Medical and sanitary report of the native army of Madras for the year
Year: 1876
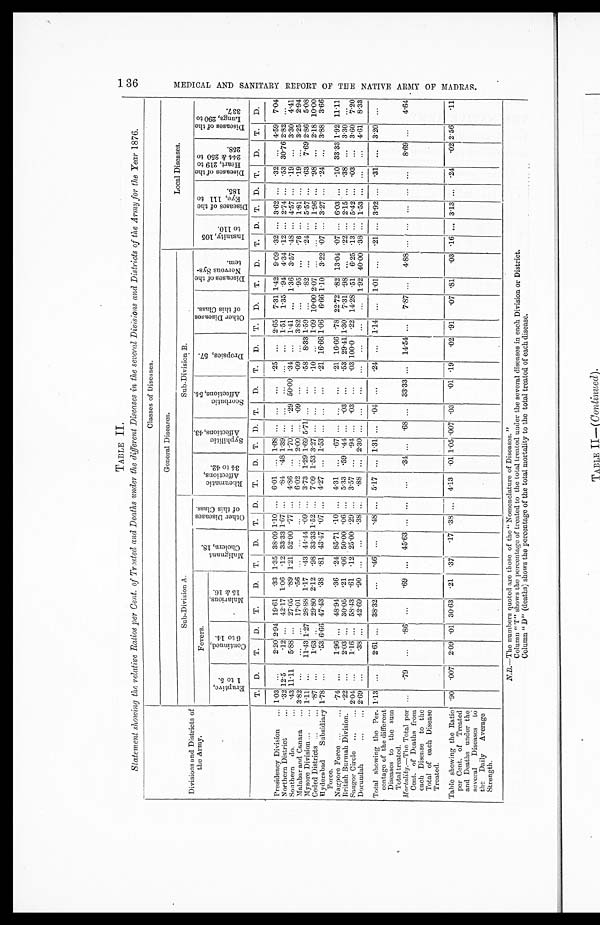
TABLE II.
Statement showing the relative Ratios per Cent. of Treated and Deaths under the different Diseases in the several Divisions and Districts of the Army for the Year 1876.
Divisions and Districts of the Army.
Classes of Diseases.
General Diseases.
Local Diseases.
Sub-Division A.
Sub-Division B.
Fevers.
Maligrant
Cholera, 18.
Other Diseases
of the Class.
Rheumatic Affections, 34 to 42. Syphilitic
Affections, 43.
Scorbutic
Affections, 54.
Dropsies, 57.
Other Diseases
of this class.
Diseases of the
Nervous Sys-
tem.
Insanity, 105
to 110.
Di seases of t he
Eye, 111 to
185.
Diseases of the
Heart, 219 to
244 & 250 to
258.
D i s e a s e s o f t h e
L u n g s , 2 0 9 t o 3 3 7 .
Eruptive,
1 to 5.
Continued,
6 to 14.
Malarious, 15 & 16
T. D.
T.
D. T.
D.
T. D.
T. D. T.
D. T. D. T.
D.
T. D.
T. D.
T. D.
T. D. T. D. T. D.
T. D.
Presidency Division1.03...
2.20 2.9419.61.33 1.3538.091.10... 6.01 ... 1.68... ... ...
.25 ...
2.657.31 1.429.09 .32
... 3.62... .32 ...
4.597.04
Northern District
.32 12.5 .12 ... 42.171.06 .12 33.331.67... .84 .48 1.39... ... ...
... ...
1.511.35 .94 4.34 .12 ... 2.74... .53 30.76 2.82...
Southern do.
.43 11.115.88 ... 27.05.89 1.2152.00.77 ... 4.86 ... 1.70... .29 50.00.34 ...
1.41...
1.363.57 .48 ... 4.57... .19 ...
3.304.41
Malabar and Canara3.82...
...
... 17.01.56 ... ...
... ... 6.02 ... 2.00... .09 ...
.09 ...
.82 ...
.95 ...
.76 ... 1.81... .19 ...
3.252.94
Mysore Division
1.11...
11.431.2728.881.17 .43 44.443.82... 3.73 1.291.695.71... ...
.58 8.33 1.59...
.82 ...
.24 ... 5.57... .63 7.69 2.865.08
Ceded Districts
.87 ...
1.63 ... 29.802.12 .98 33.331.52... 7.09 1.533.27... ... ...
.10 ...
1.0910.002.07...
... ... 1.96... .98 ...
2.1810.00
H y d e r a b a d S u b s i d i a r y
Force.
1.78...
.53 6.6647.43.38 .81 43.47.07 ... 4.27 ... 1.53 ... ... ...
.21 16.661.066.66 1.103.22 .07 ... 3.27... .24 ...
3.883.66
Nagpore Force.
.74 ...
1.96 ... 48.94.36 .24 85.71.10 ... 4.31 ... .67 ... ... ...
.21 16.66.78 22.72.82 13.04 .07 ... 6.03... .10 33.33 1.9211.11
British Burmah Division. .22 ...
2.03 ... 30.05.21 .06 50.00.06 ... 5.33 .59 .44 ... .03 ...
.53 29.411.307.31 .98 ...
.22 ... 2.15... .38 ...
3.30...
Saugor Circle
2.04...
1 . 1 6
... 58.43.61 .12 25.00.29 ... 3.57 ... .94 ... .03 ...
.03 100.0.22 14.28.51 6.25 .13 ... 5.42... .03 ...
3.607.20
Dorundah
2.69...
.38 ... 42.69.90 ... ...
.38 ... .88 ... 2.30 ... ... ...
... ...
... ...
1.9240.00.38 ... 1.53... ... ...
4.618.33
Total showing the Per-
centage of the different
Diseases to the sun
Total treated.
1.13...
2.61 ... 38.32...
.46 ...
.48 ... 5.17 ...
1.31
... .04 ...
.24 ...
1.14...
1.01...
.21 ... 3.92...
.31
...
3.20...
Mortality.—The total per
Cent. of Deaths from
each Disease to the
Total of each Disease
Treated.
... .79 ...
.86 ...
.69 ... 45.63... ... ...
.34
...
.68 ... 33.33... 14.54... 7.87 ... 4.88 ... ... ... ... ... 8.69 ... 4.64
Table showing the Ratio
per Cent. of Treated
and Deaths under the
several Diseases to
the Daily Average
Strength.
.90 .007 2.09 .01 30.63.21 .37 .17 .38 ... 4.13 .01
1.05
.007.03 .01 .19 .02 .91 .07 .81 .03 .16 ...
3.13
... .24 .02 2.56.11
N . B . — T h e n u m b e r s q u o t e d a r e t h o s e o f t h e " N o m e n c l a t u r e o f D i s e a s e s . "
Column " T" shows the percentage of treated to the total treated under the several diseases in each Division or District.
Column " D" (deaths) shows the percentage of the total mortality to the total treated of each disease.